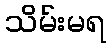
သိမ်းမရ